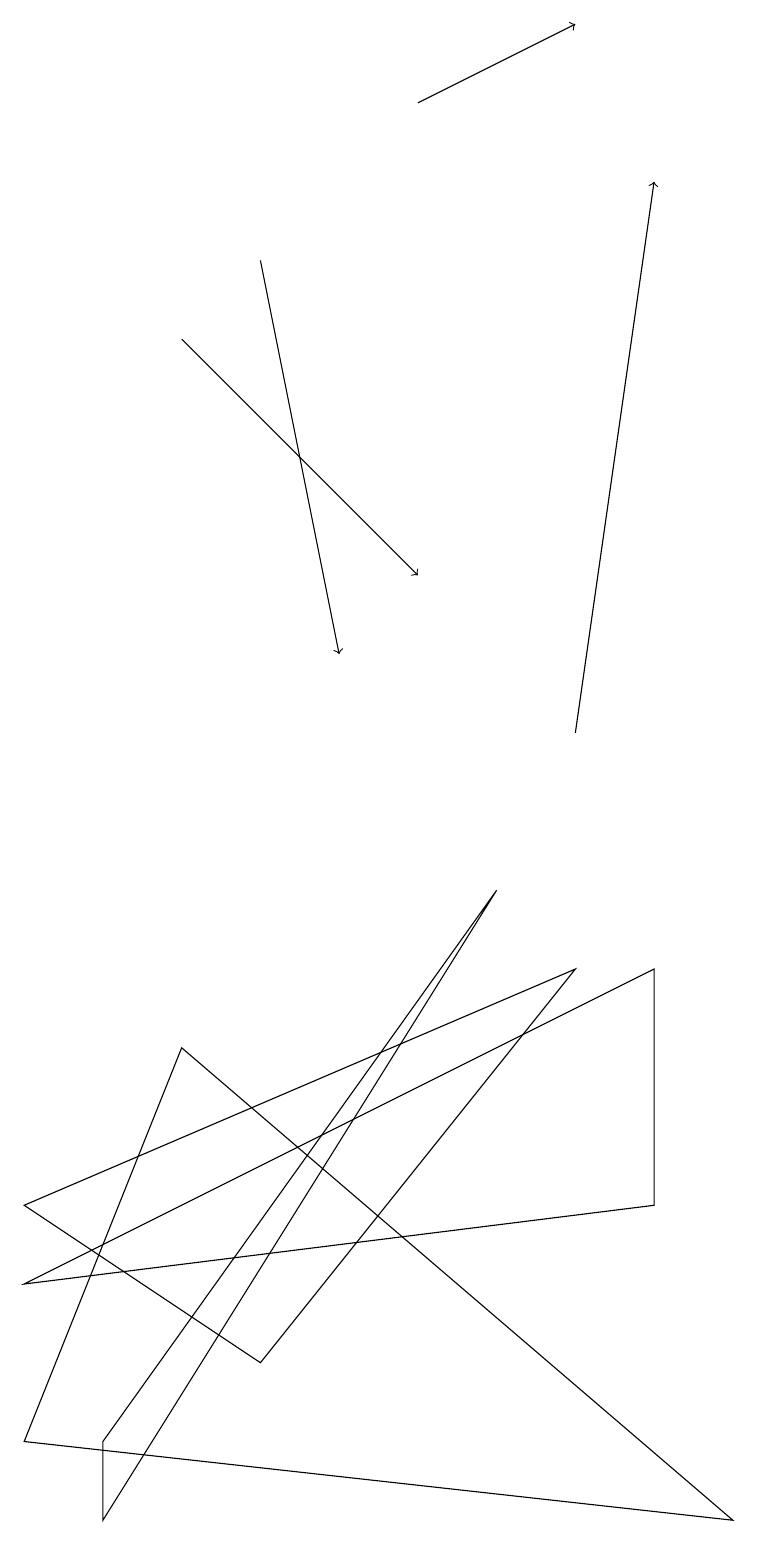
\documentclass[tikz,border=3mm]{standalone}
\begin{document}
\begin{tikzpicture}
\draw (2,6) -- (0,1) -- (9,0) -- cycle;
\draw[->] (3,16) -- (4,11);
\draw (3,2) -- (0,4) -- (7,7) -- cycle;
\draw (8,7) -- (8,4) -- (0,3) -- cycle;
\draw (6,8) -- (1,1) -- (1,0) -- cycle;
\draw[->] (7,10) -- (8,17);
\draw[->] (5,18) -- (7,19);
\draw[->] (2,15) -- (5,12);
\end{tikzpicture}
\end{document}